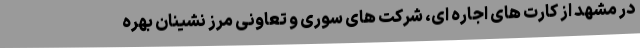
در مشهد از کارت های اجاره ای، شرکت های سوری و تعاونی مرز نشینان بهره